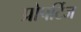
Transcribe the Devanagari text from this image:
प्रोपर्टिज